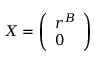
\begin{array} { r } { \boldsymbol { X } = \left( \begin{array} { l } { \boldsymbol { r } ^ { B } } \\ { \boldsymbol { 0 } } \end{array} \right) } \end{array}